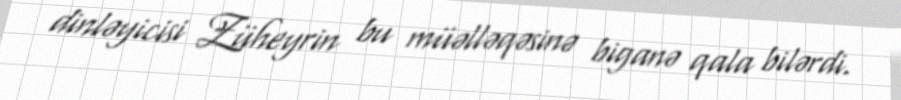
dinləyicisi Züheyrin bu müəlləqəsinə biganə qala bilərdi.